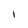
Character: I